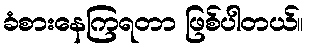
ခံစားနေကြရတာ ဖြစ်ပါတယ်။